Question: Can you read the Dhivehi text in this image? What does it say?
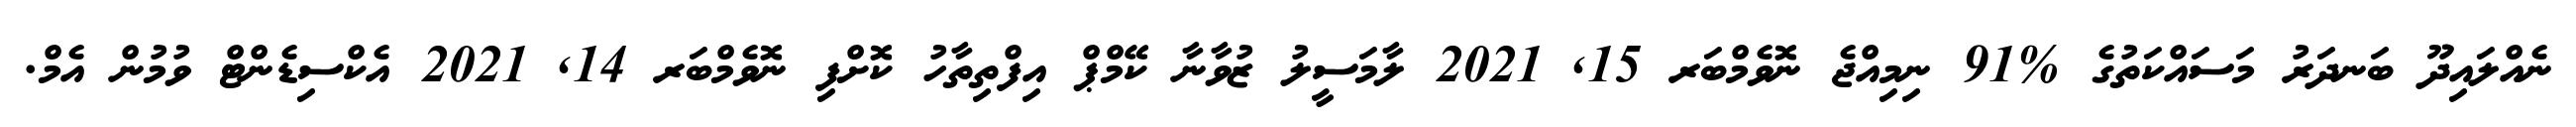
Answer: ނެއްލައިދޫ ބަނދަރު މަސައްކަތުގެ %91 ނިމިއްޖެ ނޮވެމްބަރ 15, 2021 ލާމަސީލު ޒުވާނާ ކޭމްޕް އިފްތިތާހު ކޮށްފި ނޮވެމްބަރ 14, 2021 އެކްސިޑެންޓް ވުމުން އެމް.